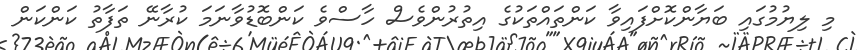
މި ލިޔުމުގައި ބަޔާންކޮށްފައިވާ ކަންތައްތަކުގެ އިތުރުންވެސް ހާސްވެ ކަންބޮޑުވާނަމަ ކުރާނޭ ތަފާތު ކަންކަން